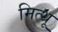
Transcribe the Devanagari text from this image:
मित्थू